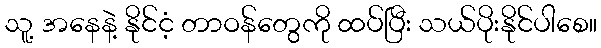
သူ့ အနေနဲ့ နိုင်ငံ့ တာဝန်တွေကို ထပ်ပြီး သယ်ပိုးနိုင်ပါစေ။